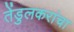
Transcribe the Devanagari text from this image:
तेंडुलकरांचा